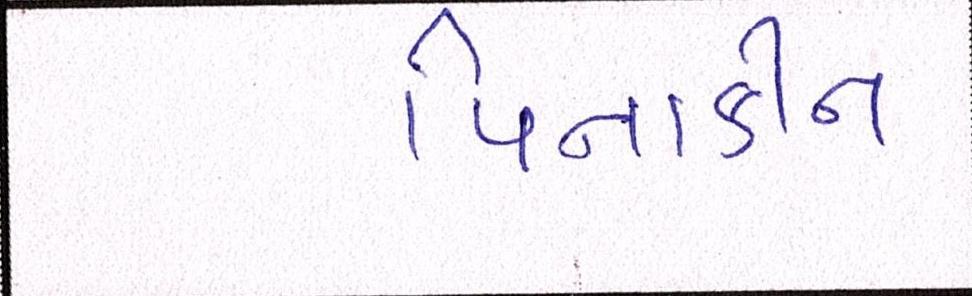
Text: પિનાકીન